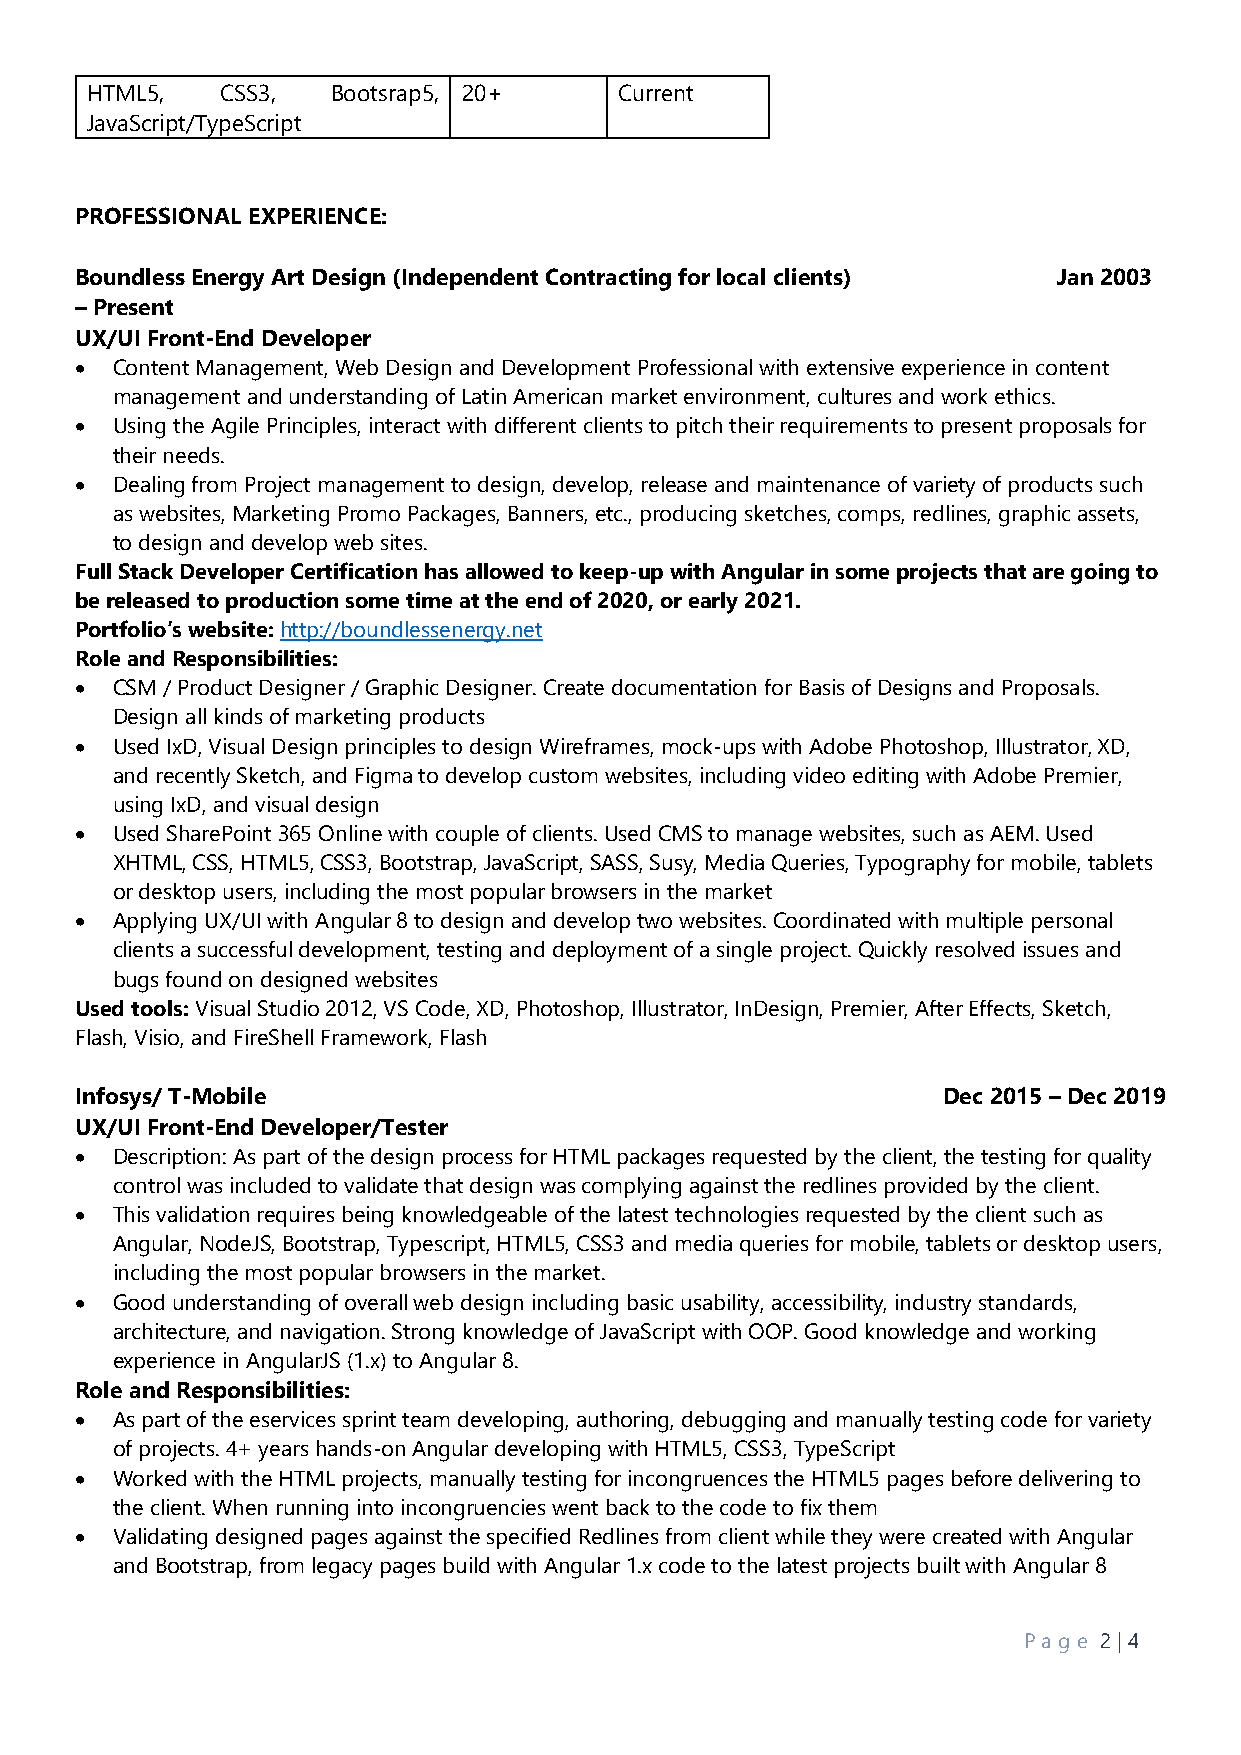
HTML5,   CSS3,  Bootsrap5, 20+     Current
 JavaScript/TypeScript
 PROFESSIONAL EXPERIENCE:
 Boundless Energy Art Design (Independent Contracting for local clients) Jan 2003
 – Present
 UX/UI Front-End Developer
 • Content Management, Web Design and Development Professional with extensive experience in content
 management and understanding of Latin American market environment, cultures and work ethics.
 • Using the Agile Principles, interact with different clients to pitch their requirements to present proposals for
 their needs.
 • Dealing from Project management to design, develop, release and maintenance of variety of products such
 as websites, Marketing Promo Packages, Banners, etc., producing sketches, comps, redlines, graphic assets,
 to design and develop web sites.
 Full Stack Developer Certification has allowed to keep-up with Angular in some projects that are going to
 be released to production some time at the end of 2020, or early 2021.
 Portfolio’s website: http://boundlessenergy.net
 Role and Responsibilities:
 • CSM / Product Designer / Graphic Designer. Create documentation for Basis of Designs and Proposals.
 Design all kinds of marketing products
 • Used IxD, Visual Design principles to design Wireframes, mock-ups with Adobe Photoshop, Illustrator, XD,
 and recently Sketch, and Figma to develop custom websites, including video editing with Adobe Premier,
 using IxD, and visual design
 • Used SharePoint 365 Online with couple of clients. Used CMS to manage websites, such as AEM. Used
 XHTML, CSS, HTML5, CSS3, Bootstrap, JavaScript, SASS, Susy, Media Queries, Typography for mobile, tablets
 or desktop users, including the most popular browsers in the market
 • Applying UX/UI with Angular 8 to design and develop two websites. Coordinated with multiple personal
 clients a successful development, testing and deployment of a single project. Quickly resolved issues and
 bugs found on designed websites
 Used tools: Visual Studio 2012, VS Code, XD, Photoshop, Illustrator, InDesign, Premier, After Effects, Sketch,
 Flash, Visio, and FireShell Framework, Flash
 Infosys/ T-Mobile                                        Dec 2015 – Dec 2019
 UX/UI Front-End Developer/Tester
 • Description: As part of the design process for HTML packages requested by the client, the testing for quality
 control was included to validate that design was complying against the redlines provided by the client.
 • This validation requires being knowledgeable of the latest technologies requested by the client such as
 Angular, NodeJS, Bootstrap, Typescript, HTML5, CSS3 and media queries for mobile, tablets or desktop users,
 including the most popular browsers in the market.
 • Good understanding of overall web design including basic usability, accessibility, industry standards,
 architecture, and navigation. Strong knowledge of JavaScript with OOP. Good knowledge and working
 experience in AngularJS (1.x) to Angular 8.
 Role and Responsibilities:
 • As part of the eservices sprint team developing, authoring, debugging and manually testing code for variety
 of projects. 4+ years hands-on Angular developing with HTML5, CSS3, TypeScript
 • Worked with the HTML projects, manually testing for incongruences the HTML5 pages before delivering to
 the client. When running into incongruencies went back to the code to fix them
 • Validating designed pages against the specified Redlines from client while they were created with Angular
 and Bootstrap, from legacy pages build with Angular 1.x code to the latest projects built with Angular 8
 P ag e 2 | 4